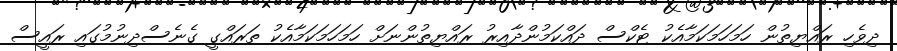
ދިވެހި ރައްޔިތުން ހަމަހަމަކަމާއެކު ޓެކްސް ދައްކަމުންދާއިރު ރައްޔިތުންނަށް ހަމަހަމަކަމާއެކު ތަރައްގީ ގެނެސްދިނުމުގައި ރައީސް